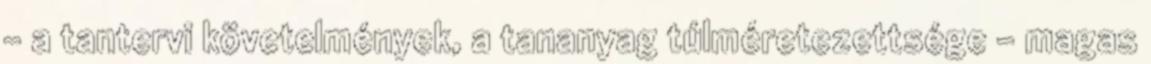
- a tantervi követelmények, a tananyag túlméretezettsége - magas